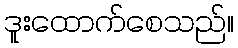
ဒူးထောက်စေသည်။